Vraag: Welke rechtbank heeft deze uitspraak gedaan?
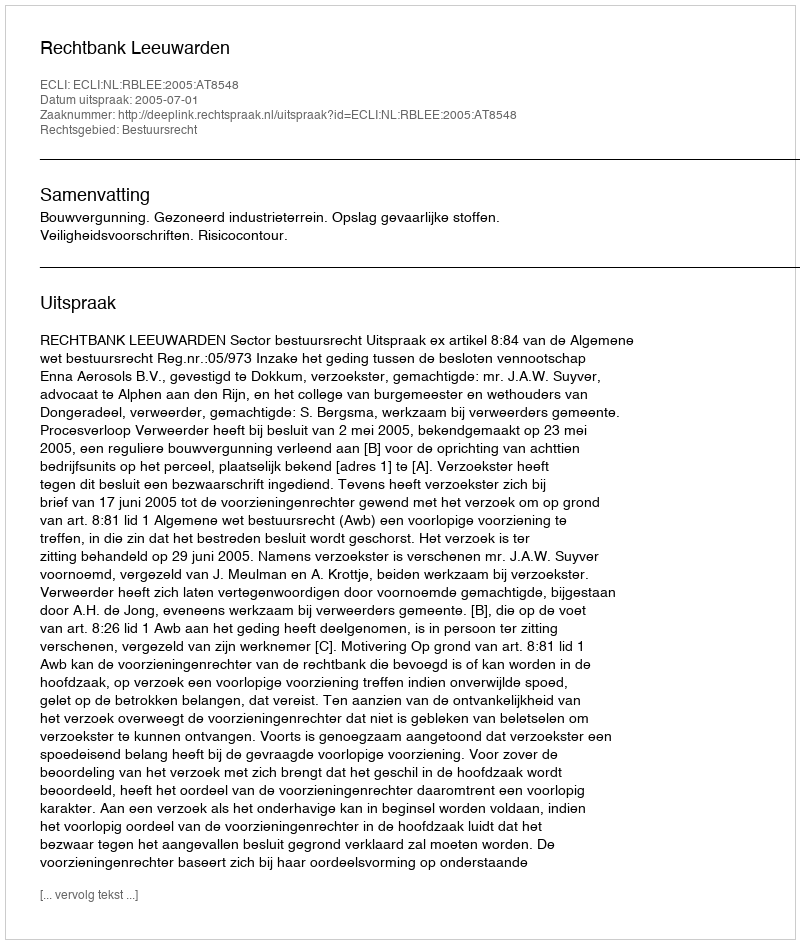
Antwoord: Rechtbank Leeuwarden